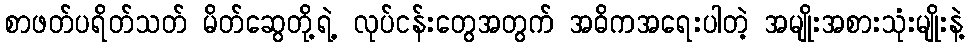
စာဖတ်ပရိတ်သတ် မိတ်ဆွေတို့ရဲ့ လုပ်ငန်းတွေအတွက် အဓိကအရေးပါတဲ့ အမျိုးအစားသုံးမျိုးနဲ့